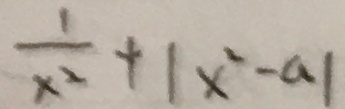
\frac { 1 } { x ^ { 2 } } + \vert x ^ { 2 } - a \vert